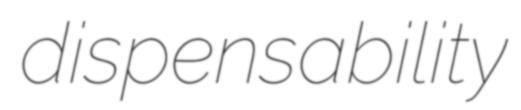
dispensability